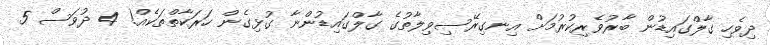
ދިވެހި ގާލްގައިޑުން ބާރުވެރިކުރުމަށް އިނގިރޭސިވިލާތުގެ ގާލްގައިޑުންނާ ގުޅިގެން ހަރަކާތްތަކެއް! 4 ދުވަސް 5